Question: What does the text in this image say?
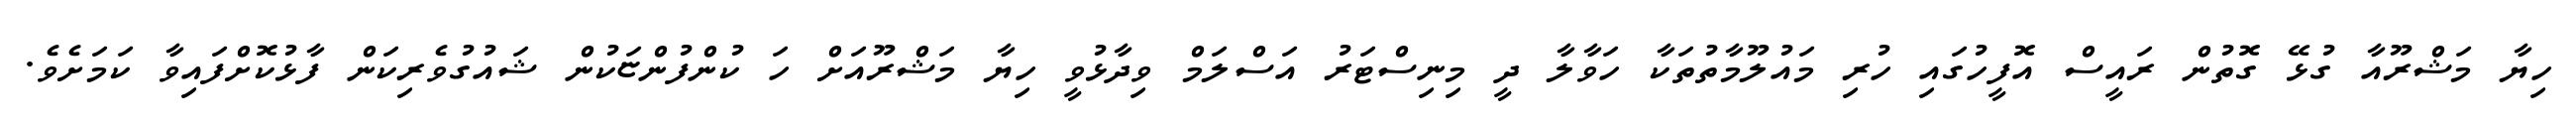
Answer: ހިޔާ މަޝްރޫއާ ގުޅޭ ގޮތުން ރައީސް އޮފީހުގައި ހުރި މައުލޫމާތުތަކާ ހަވާލާ ދީ މިނިސްޓަރު އަސްލަމް ވިދާޅުވީ ހިޔާ މަޝްރޫއަށް ހަ ކުންފުންޏަކުން ޝައުގުވެރިކަން ފާޅުކޮށްފައިވާ ކަމަށެވެ.